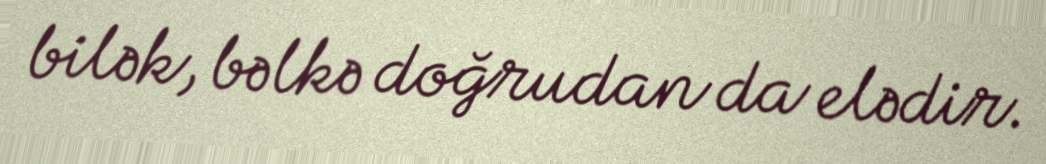
bilək, bəlkə doğrudan da elədir.